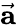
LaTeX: \vec{\mathbf{a}}